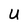
Character: U